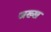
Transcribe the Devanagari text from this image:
जख्ख